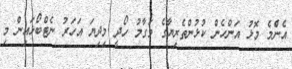
އެންެމެ މޮޅު އަންހެން ކުޅުންތެރިޔާގެ މަގާމު ހޯދީ މިދިޔަ އަހަރު ނެޓްބޯޅައިން މި